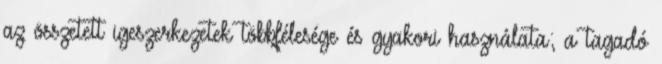
az összetett igeszerkezetek többfélesége és gyakori használata; a tagadó